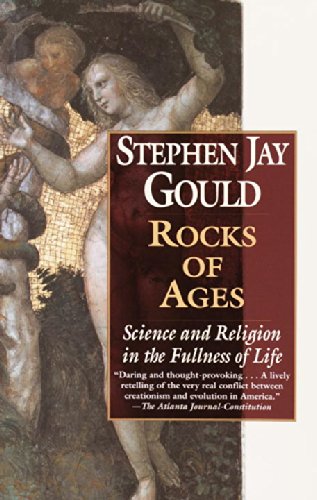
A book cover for Rocks of Ages: Science and Religion in the Fullness of Life; Stephen Jay Gould; Science & Math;